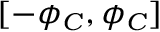
[ - \phi _ { C } , \phi _ { C } ]